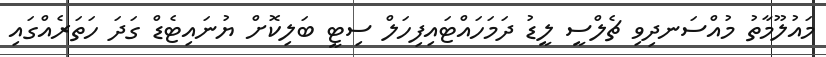
މައުލޫމާތު މުއްސަނދިވި ޗެލްސީ ލީޑު ދަމަހައްޓައިފިހަލް ސިޓީ ބަލިކޮށް ޔުނައިޓެޑް ގަދަ ހަތަރެއްގައި